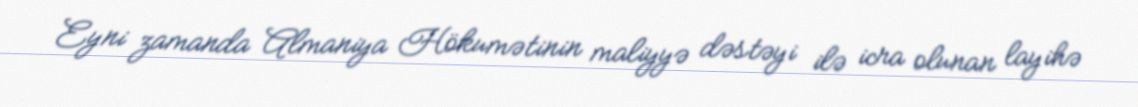
Eyni zamanda Almaniya Hökumətinin maliyyə dəstəyi ilə icra olunan layihə